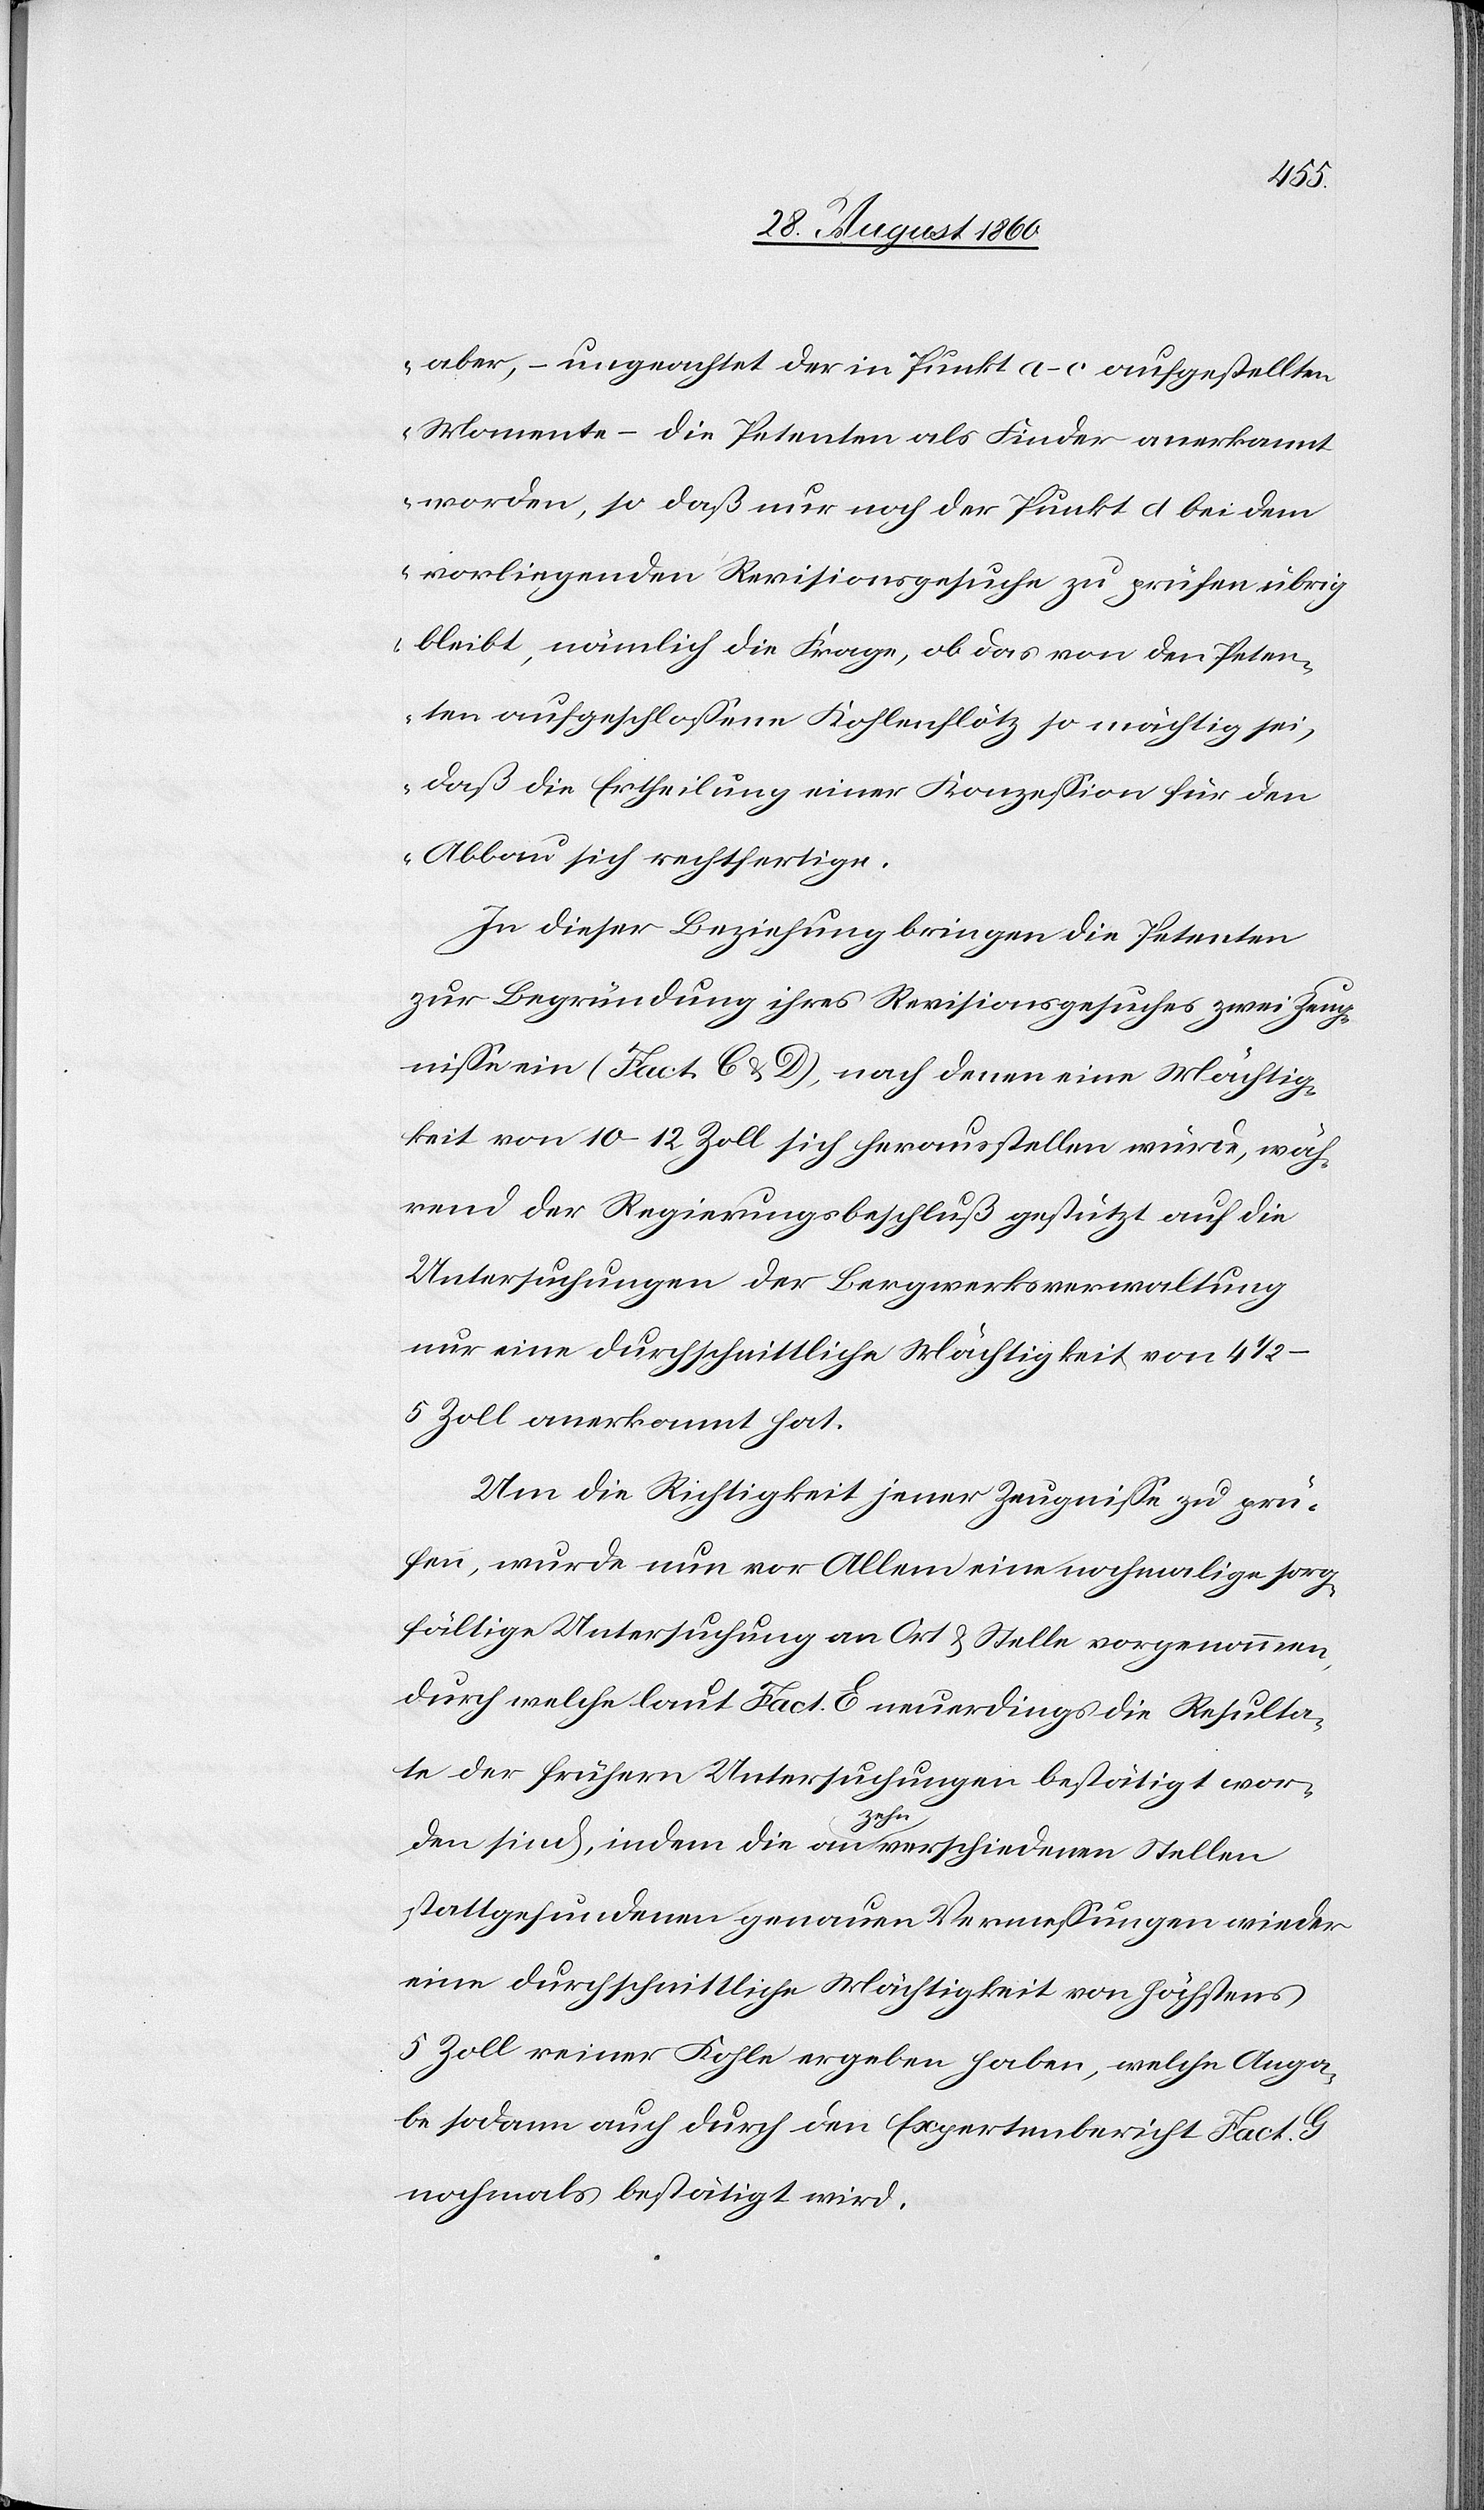
aber, ungeachtet der in Punkt a–c aufgestellten
Momente –die Petenten als Finder anerkannt
worden, so dass nur noch der Punkt d. bei dem
vorliegenden Revisionsgesuche zu prüfen übrig
bleibt, nämlich die Frage, ob das von den Peten¬
ten aufgeschlossene Kohlenflötz so mächtig sei,
dass die Ertheilung einer Conzession für den
Abbau sich rechtfertige;
In dieser Beziehung bringen die Petenten
zur Begründung ihres Revisionsgesuches 2 Zeug¬
nisse ein (fact. C u. D), nach denen eine Mächtig¬
keit von 10–12 Zoll sich herausstellen würde, wäh¬
rend der Regierungbeschluss gestützt auf die
Untersuchungen der Bergwerksverwaltung
nur eine durchschnittliche Mächtigkeit von 4 1/2
5 Zoll anerkannt hat.
Um die Richtigkeit jener Zeugnisse zu prü¬
fen, wurde nun vor Allem eine nochmalige sorg¬
fältige Untersuchung an Ort u. Stelle vorgenommen,
durch welche laut Fact. E neuerdings die Resulta¬
te der frühern Untersuchungen bestätigt wor¬
den sind, indem die an 10 verschiedenen Stellen
stattgefundenen genauen Vermessungen wieder
eine durchschnittliche Mächtigkeit von höchstens
5 Zoll reiner Kohle ergeben haben, welche Anga¬
be sodann auch durch den Expertenbericht Fact. G
nochmals bestätigt wird.